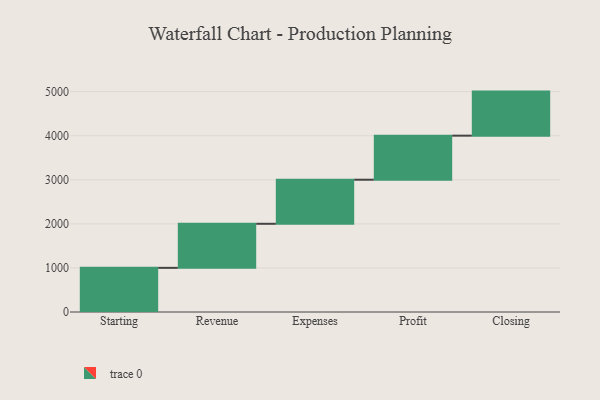
{"axis": {"x": "Step", "y": "Value"}, "legend": [""], "data": [{"x": "Starting", "y": 1002.0, "type": ""}, {"x": "Revenue", "y": 1000, "type": ""}, {"x": "Expenses", "y": 1000, "type": ""}, {"x": "Profit", "y": 1000, "type": ""}, {"x": "Closing", "y": 1000, "type": ""}]}